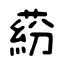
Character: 蒶